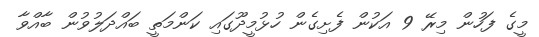
މީގެ ފަހުން މިރޭ 9 އަކުން ފެށިގެން ހުޅުމީދޫގައި ކަންމަތީ ބައްދަލުވުން ބާއްވާ